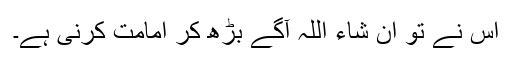
اس نے تو ان شاء اللہ آگے بڑھ کر امامت کرنی ہے۔